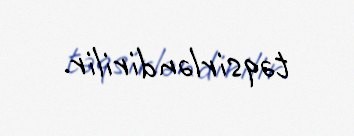
təqsirləndirilir.